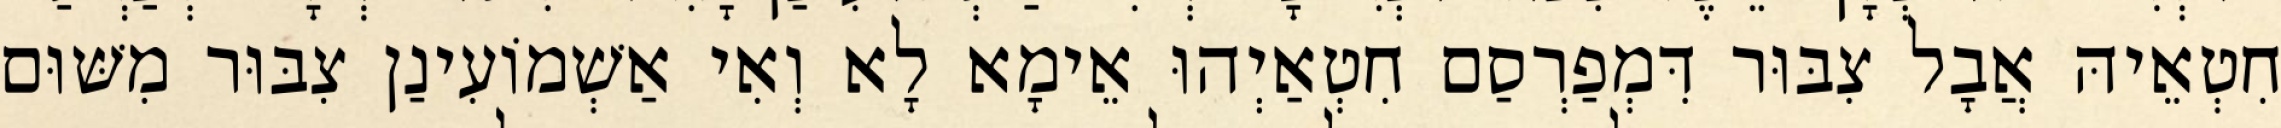
חִטְאֵיהּ אֲבָל צִבּוּר דִּמְפַרְסַם חִטְאַיְהוּ אֵימָא לָא וְאִי אַשְׁמוֹעִינַן צִבּוּר מִשּׁוּם